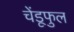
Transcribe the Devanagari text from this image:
चेंडूफुल